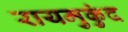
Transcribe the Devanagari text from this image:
रायमुकुंद